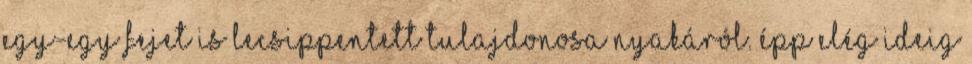
egy-egy fejet is lecsippentett tulajdonosa nyakáról. Épp elég ideig